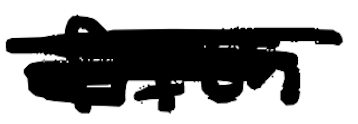
Text: fifth
Cross-out: scratch
Writing tool: digital_black